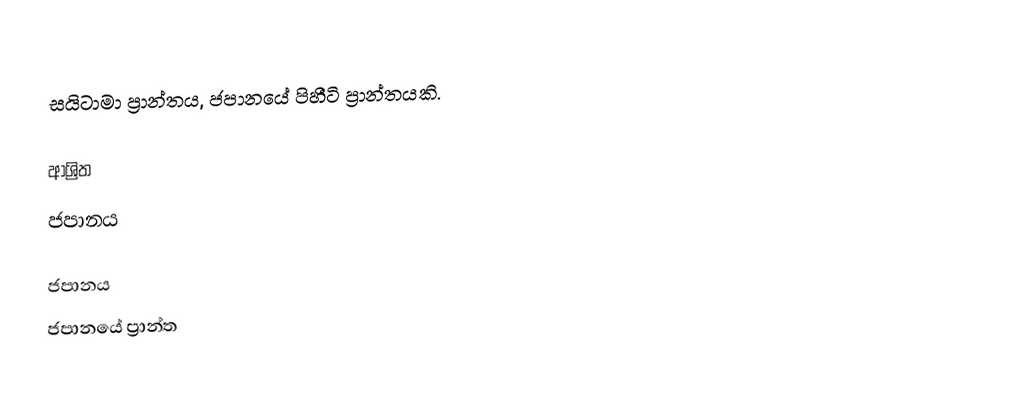
සයිටාමා ප්‍රාන්තය, ජපානයේ පිහීටි ප්‍රාන්තයකි.

ආශ්‍රිත
 ජපානය

ජපානය
ජපානයේ ප්‍රාන්ත